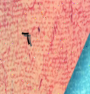
٦